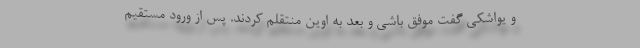
و یواشكی گفت موفق باشی و بعد به اوین منتقلم كردند. پس از ورود مستقیم